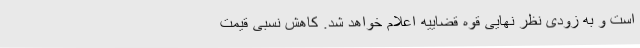
است و به زودی نظر نهایی قوه قضاییه اعلام خواهد شد. کاهش نسبی قیمت